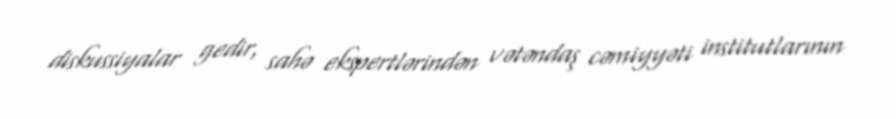
diskussiyalar gedir, sahə ekspertlərindən vətəndaş cəmiyyəti institutlarının